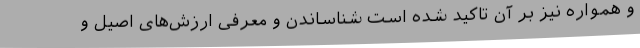
و همواره نیز بر آن تاکید شده است شناساندن و معرفی ارزش‌های اصیل و